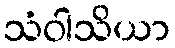
သံဝါသိယာ